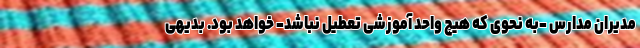
مدیران مدارس -به نحوی که هیچ واحد آموزشی تعطیل نباشد- خواهد بود. بدیهی